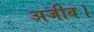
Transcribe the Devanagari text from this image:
अजीव।